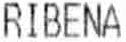
RIBENA